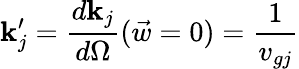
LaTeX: \mathbf{k}_{j}^{\prime}=\frac{{d\mathbf{k}_{j}}}{{d\Omega}}({\vec{{w}}=0})=\frac{{1}}{{v_{gj}}}